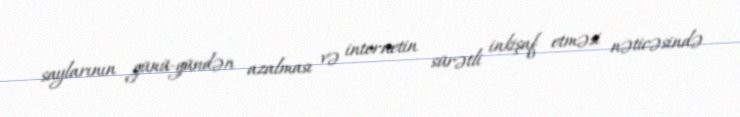
saylarının günü-gündən azalması və internetin sürətli inkişaf etməsi nəticəsində